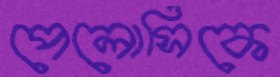
পেলোসিকে